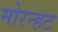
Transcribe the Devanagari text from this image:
मोरन्हट